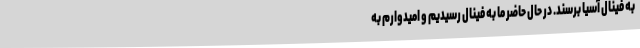
به فینال آسیا برسند. در حال حاضر ما به فینال رسیدیم و امیدوارم به